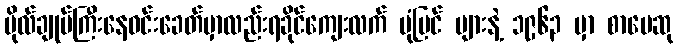
ဗိုလ်ချုပ်ကြီးနေဝင်းခေတ်မှာလည်းရခိုင်ကျေးလက် ပုံပြင် များနဲ့ ၁၉၆၃ မှာ စာပေဆု